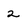
Character: 2